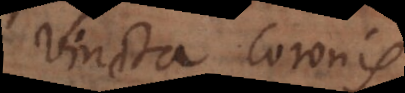
vincta coronis